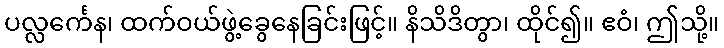
ပလ္လင်္ကေန၊ ထက်ဝယ်ဖွဲ့ခွေနေခြင်းဖြင့်။ နိသိဒိတွာ၊ ထိုင်၍။ ဧဝံ၊ ဤသို့။